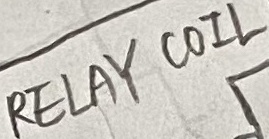
Text: RELAY COIL